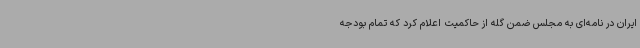
ایران در نامه‌ای به مجلس ضمن گله از حاکمیت اعلام کرد که تمام بودجه